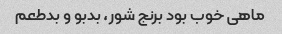
ماهی خوب بود برنج شور، بدبو و بدطعم